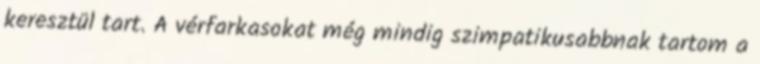
keresztül tart. A vérfarkasokat még mindig szimpatikusabbnak tartom a